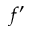
f ^ { \prime }